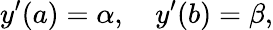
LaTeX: y^{\prime}(a)=\alpha,\quad y^{\prime}(b)=\beta,